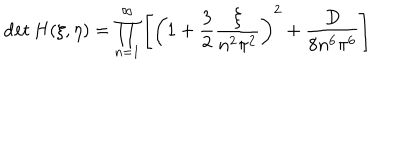
\det H ( \xi , \eta ) = \prod _ { n = 1 } ^ { \infty } \left[ \left( 1 + \frac 3 2 \frac { \xi } { n ^ { 2 } \pi ^ { 2 } } \right) ^ { 2 } + \frac { D } { 8 n ^ { 6 } \pi ^ { 6 } } \right]